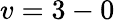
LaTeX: v=3-0